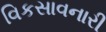
વિકસાવનારી